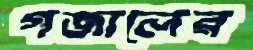
গজালের